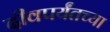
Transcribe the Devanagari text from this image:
दीवपर्यंतच्या